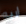
اريه